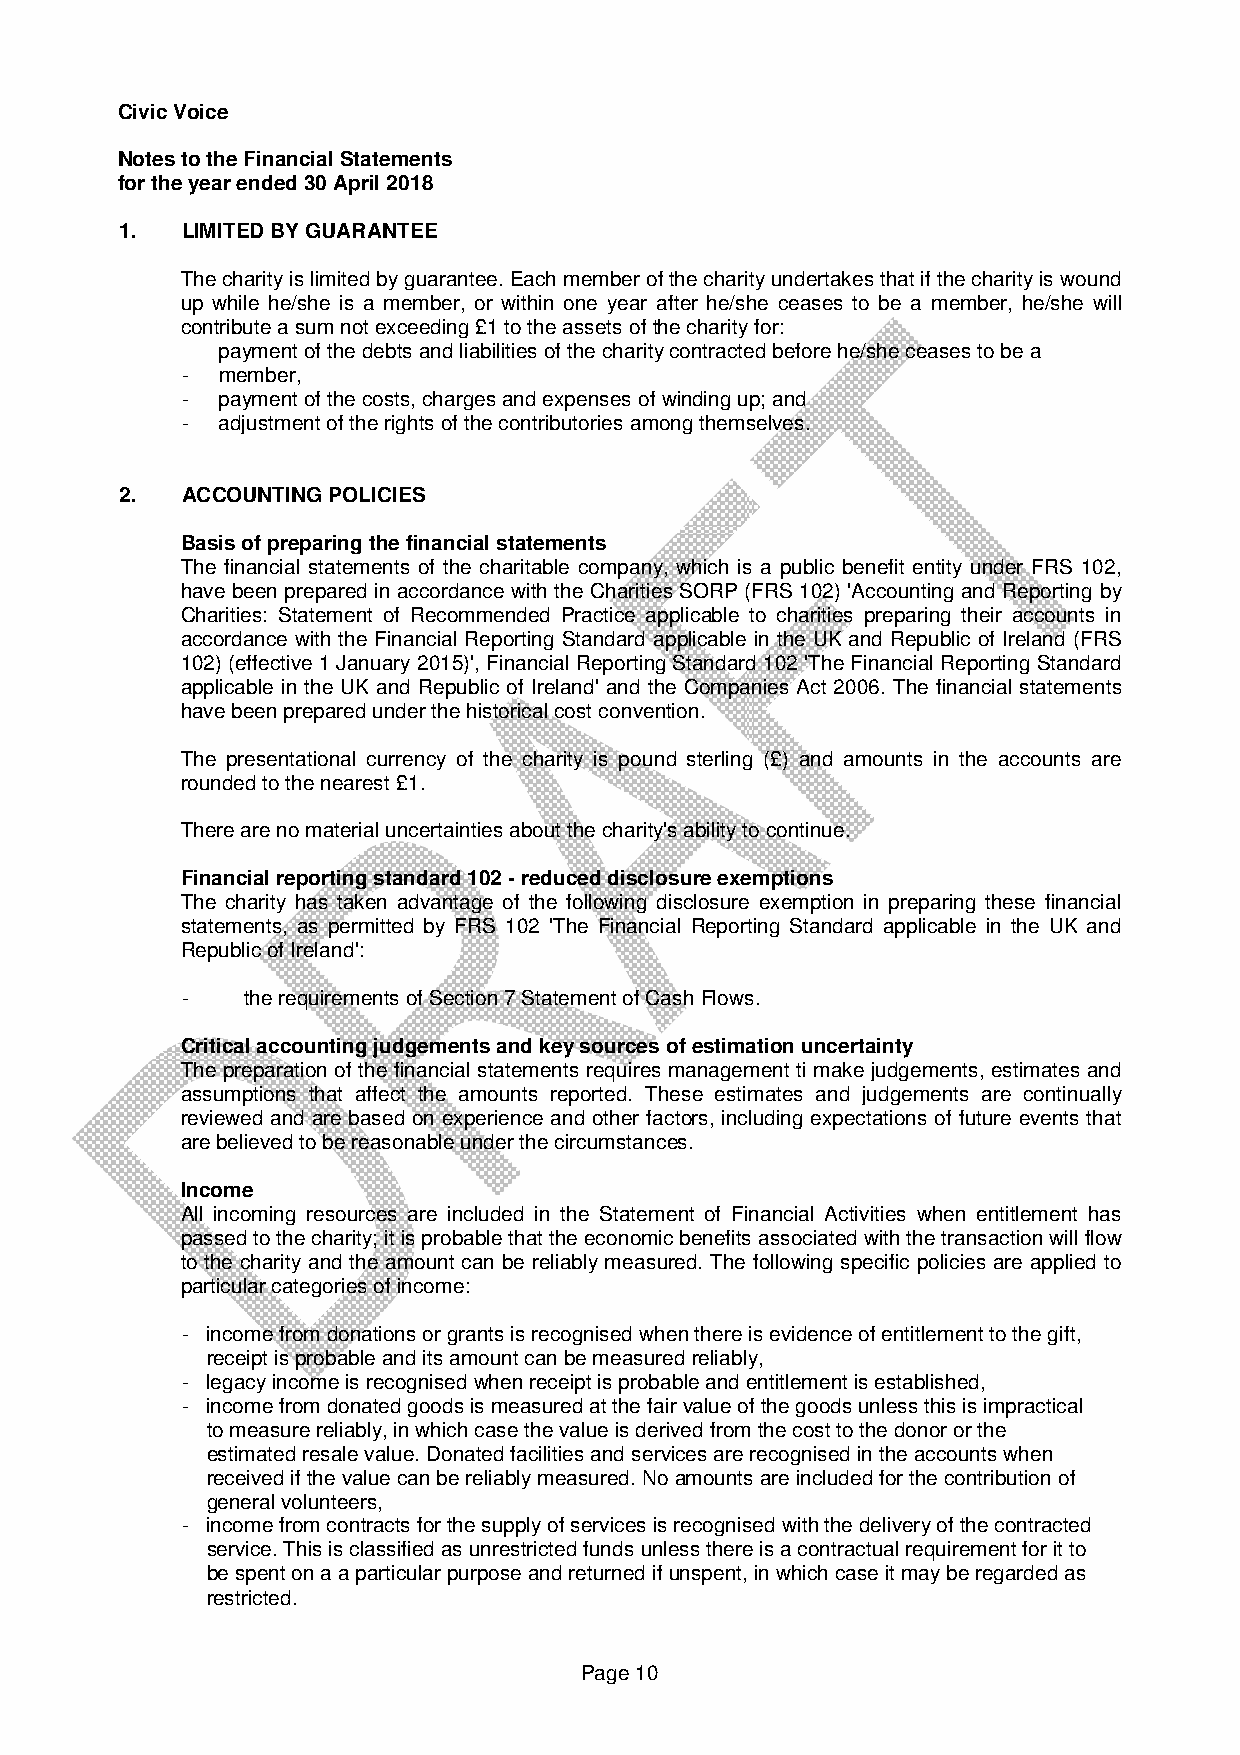
Civic Voice
 Notes to the Financial Statements
 for the year ended 30 April 2018
 1.  LIMITED BY GUARANTEE
 The charity is limited by guarantee. Each member of the charity undertakes that if the charity is wound
 up while he/she is a member, or within one year after he/she ceases to be a member, he/she will
 contribute a sum not exceeding £1 to the assets of the charity for:
 payment of the debts and liabilities of the charity contracted before he/she ceases to be a
 -  member,
 -  payment of the costs, charges and expenses of winding up; and
 -  adjustment of the rights of the contributories among themselves.
 2.  ACCOUNTING POLICIES
 Basis of preparing the financial statements
 The financial statements of the charitable company, which is a public benefit entity under FRS 102,
 have been prepared in accordance with the Charities SORP (FRS 102) 'Accounting and Reporting by
 Charities: Statement of Recommended Practice applicable to charities preparing their accounts in
 accordance with the Financial Reporting Standard applicable in the UK and Republic of Ireland (FRS
 102) (effective 1 January 2015)', Financial Reporting Standard 102 'The Financial Reporting Standard
 applicable in the UK and Republic of Ireland' and the Companies Act 2006. The financial statements
 have been prepared under the historical cost convention.
 The presentational currency of the charity is pound sterling (£) and amounts in the accounts are
 rounded to the nearest £1.
 There are no material uncertainties about the charity's ability to continue.
 Financial reporting standard 102 - reduced disclosure exemptions
 The charity has taken advantage of the following disclosure exemption in preparing these financial
 statements, as permitted by FRS 102 'The Financial Reporting Standard applicable in the UK and
 Republic of Ireland':
 -   the requirements of Section 7 Statement of Cash Flows.
 Critical accounting judgements and key sources of estimation uncertainty
 The preparation of the financial statements requires management ti make judgements, estimates and
 assumptions that affect the amounts reported. These estimates and judgements are continually
 reviewed and are based on experience and other factors, including expectations of future events that
 are believed to be reasonable under the circumstances.
 Income
 All incoming resources are included in the Statement of Financial Activities when entitlement has
 passed to the charity; it is probable that the economic benefits associated with the transaction will flow
 to the charity and the amount can be reliably measured. The following specific policies are applied to
 particular categories of income:
 - income from donations or grants is recognised when there is evidence of entitlement to the gift,
 receipt is probable and its amount can be measured reliably,
 - legacy income is recognised when receipt is probable and entitlement is established,
 - income from donated goods is measured at the fair value of the goods unless this is impractical
 to measure reliably, in which case the value is derived from the cost to the donor or the
 estimated resale value. Donated facilities and services are recognised in the accounts when
 received if the value can be reliably measured. No amounts are included for the contribution of
 general volunteers,
 - income from contracts for the supply of services is recognised with the delivery of the contracted
 service. This is classified as unrestricted funds unless there is a contractual requirement for it to
 be spent on a a particular purpose and returned if unspent, in which case it may be regarded as
 restricted.
 Page 10